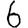
Digit: 6